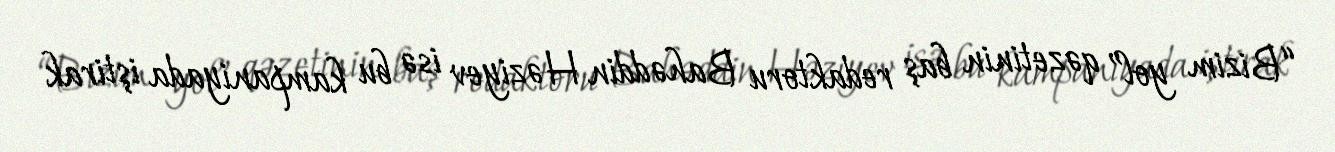
“Bizim yol” qəzetinin baş redaktoru Bahəddin Həziyev isə bu kampaniyada iştirak